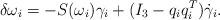
LaTeX: \begin{align*}\delta\omega_i = -S(\omega_i) \gamma_i + (I_3-q_iq_i^T)\dot\gamma_i.\end{align*}